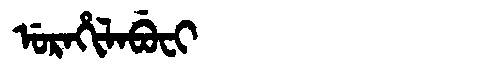
Manchu: ᡠᡵᠠᡥᡳᠯᠠᠪᡠᠸᡳ
Romanization: URAHILABUFI